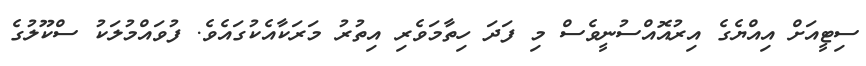
ސިޓީއަށް އިއްޔެގެ އިރުއޮއްސުނީވެސް މި ފަދަ ހިތާމަވެރި އިތުރު މަރަކާއެކުގައެވެ. ފުވައްމުލަކު ސްކޫލުގެ